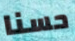
حسنا